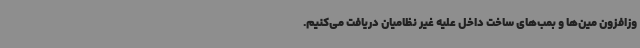
وزافزون مین‌ها و بمب‌های ساخت داخل علیه غیر نظامیان دریافت می‌کنیم.